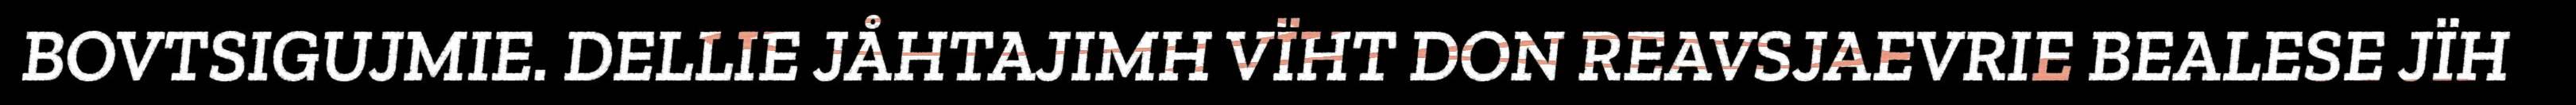
BOVTSIGUJMIE. DELLIE JÅHTAJIMH VÏHT DON REAVSJAEVRIE BEALESE JÏH